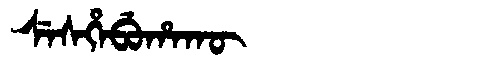
Manchu: ᠰᡝᠰᡥᡝᠪᡠᡥᠠᡴᡡ
Romanization: SESHEBUHAKŪ